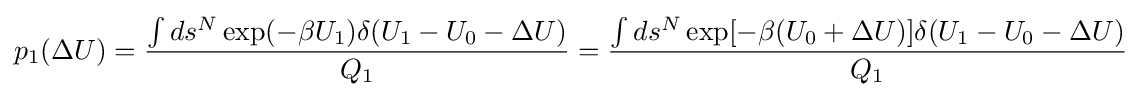
p_{1}(\Delta U)={\frac {\int ds^{N}\exp(-\beta U_{1})\delta (U_{1}-U_{0}-\Delta U)}{Q_{1}}}={\frac {\int ds^{N}\exp[-\beta (U_{0}+\Delta U)]\delta (U_{1}-U_{0}-\Delta U)}{Q_{1}}}